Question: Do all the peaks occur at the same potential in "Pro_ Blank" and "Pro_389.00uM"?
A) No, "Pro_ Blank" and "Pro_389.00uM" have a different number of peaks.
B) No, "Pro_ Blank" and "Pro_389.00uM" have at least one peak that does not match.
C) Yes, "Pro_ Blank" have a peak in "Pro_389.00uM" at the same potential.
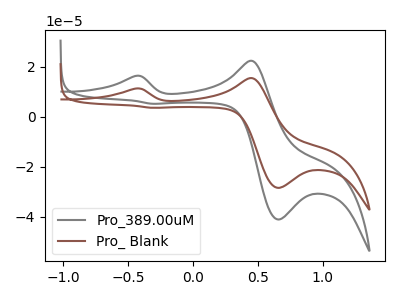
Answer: <think>The gray curve "Pro_389.00uM" has anodic peaks at (-0.45V, 16.40uA) (0.45V, 22.50uA) and cathodic peaks at (0.65V, -41.10uA) (-0.30V, 5.25uA). The brown curve "Pro_ Blank" has anodic peaks at (-0.45V, 11.35uA) (0.45V, 15.55uA) and cathodic peaks at (0.65V, -28.40uA) (-0.30V, 3.65uA).</think>
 <answer>C) Yes, "Pro_ Blank" have a peak in "Pro_389.00uM" at the same potential.</answer>
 <eval>C</eval>